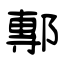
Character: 鄟